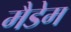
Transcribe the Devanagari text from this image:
मैडेम